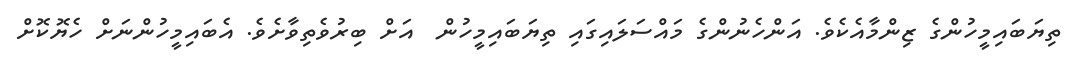
ތިޔަބައިމީހުންގެ ޒިންމާއެކެވެ. އަންހެނުންގެ މައްސަލައިގައި ތިޔަބައިމީހުން  އަށް ބިރުވެތިވާށެވެ. އެބައިމީހުންނަށް ހެޔޮކޮށް